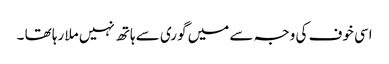
اسی خوف کی وجہ سے میں گوری سے ہاتھ نہیں ملا رہا تھا ۔